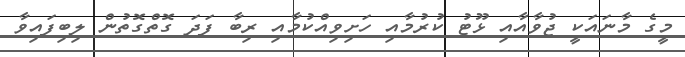
މީގެ މާނައަކީ ޖުވާއާއި ޅޫޓު ކުރުމާއި ހަށިވިއްކުމާއި ރިބާ ފަދަ ގޮތްގޮތުން ލިބިފައިވާ